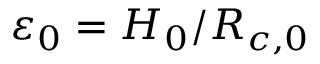
{ \varepsilon _ { 0 } } = { H _ { 0 } } / { R _ { c , 0 } }